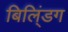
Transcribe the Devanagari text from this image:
बिलि्ंडग